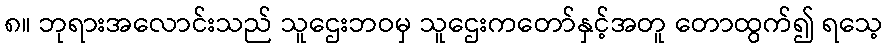
၈။ ဘုရားအလောင်းသည် သူဌေးဘဝမှ သူဌေးကတော်နှင့်အတူ တောထွက်၍ ရသေ့